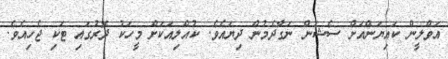
އަވްލީން ކައިޔަންއަށް ސެޝަން ނަގާދެމުން ދިޔައެވެ. ކުއްލިއަކަށް މީހަކު ދޮރުގައި ޓަކި ޖެހިއެވެ.